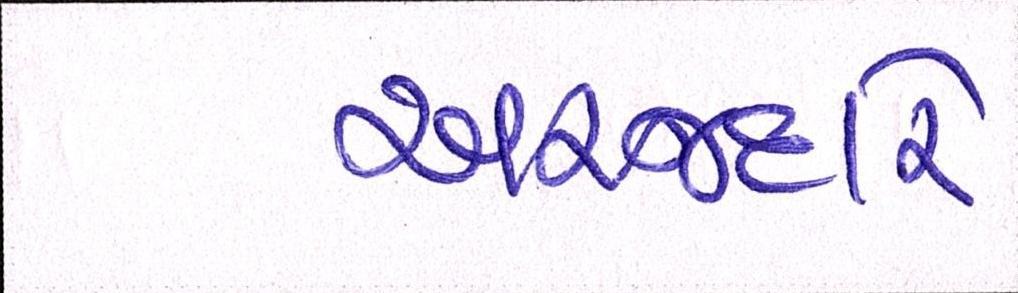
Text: અરજદારે